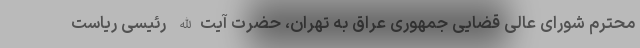
محترم شورای عالی قضایی جمهوری عراق به تهران، حضرت آیت‌الله رئیسی ریاست